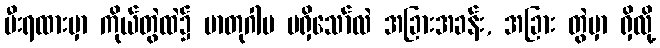
မီးရထားမှာ ကိုယ်တွဲထဲ၌ မာတုဂါမ မရှိသော်လဲ အခြားအခန်း, အခြား တွဲမှာ ရှိလို့